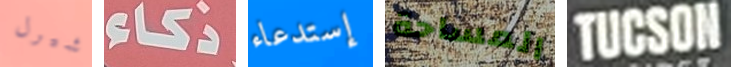
شيرل ذكاء إستدعاء المساحة TUCSON